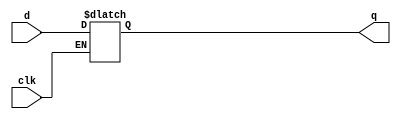
`timescale 1ns / 1ps
//////////////////////////////////////////////////////////////////////////////////
// Company: 
// Engineer: 
// 
// Design Name: 
// Module Name: dlatch
// Project Name: 
// Target Devices: 
// Tool Versions: 
// Description: 
// 
// Dependencies: 
// 
// Revision:
// Revision 0.01 - File Created
// Additional Comments:
// 
//////////////////////////////////////////////////////////////////////////////////


module dlatch(
    input d,
    output reg q,
    input clk
    );
    
    
        always @(clk or d) begin
                if (clk)
                    q <= d;
        end
endmodule